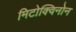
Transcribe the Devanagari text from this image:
मिटोक्विनोन